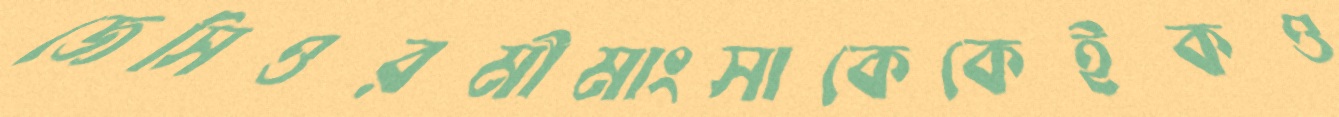
জেসিওরমীমাংসাকেকেইকও